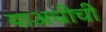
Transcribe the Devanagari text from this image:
याअधीची